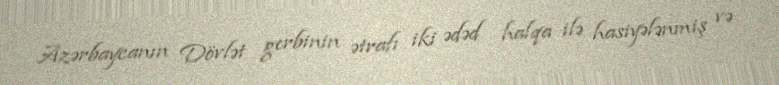
Azərbaycanın Dövlət gerbinin ətrafı iki ədəd halqa ilə hasiyələnmiş və